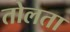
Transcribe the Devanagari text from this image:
तोलता